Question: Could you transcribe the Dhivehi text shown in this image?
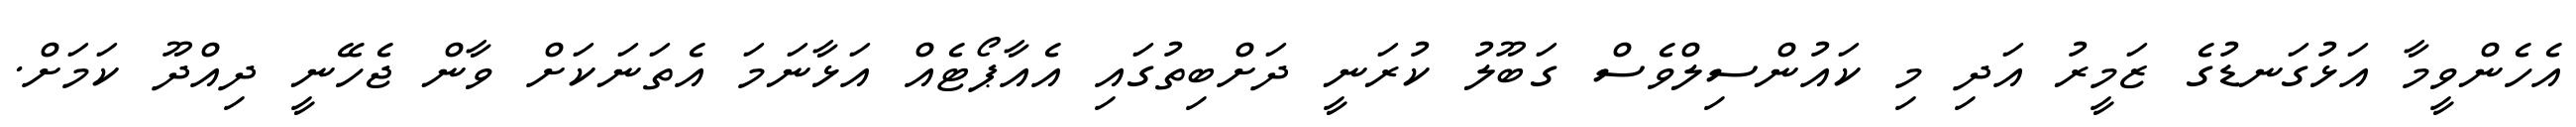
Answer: އެހެންވީމާ އަޅުގަނޑުގެ ޒަމީރު އަދި މި ކައުންސިލްވެސް ގަބޫލު ކުރަނީ ދަށްބިތުގައި އެއާޕޯޓެއް އަޅާނަމަ އެތަނަކަށް ވާން ޖެހޭނީ ދިއްދޫ ކަމަށް.